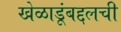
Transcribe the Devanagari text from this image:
खेळाडूंबद्दलची